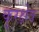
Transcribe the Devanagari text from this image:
कुरक्षेत्र